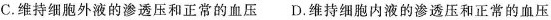
C.维持细胞外液的渗透压和正常的血压 D.维持细胞内液的渗透压和正常的血压